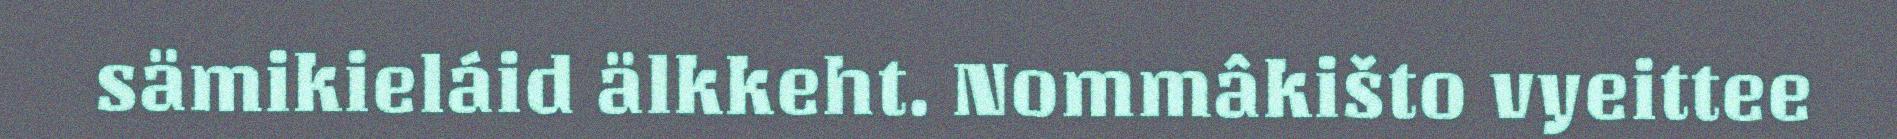
sämikieláid älkkeht. Nommâkišto vyeittee